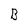
Character: B